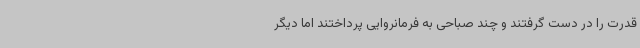
قدرت را در دست گرفتند و چند صباحی به فرمانروایی پرداختند اما دیگر